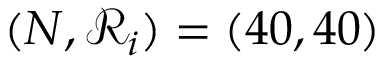
( N , \mathcal { R } _ { i } ) = ( 4 0 , 4 0 )